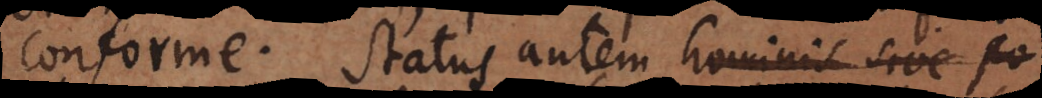
conforme. Status autem hominis sive